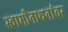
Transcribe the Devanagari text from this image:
स्वामीनाथनांवर